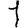
Digit: 1